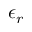
\epsilon _ { r }